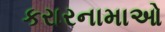
કરારનામાઓ